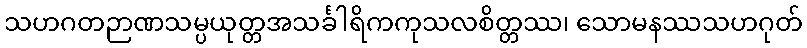
သဟဂတဉာဏသမ္ပယုတ္တအသင်္ခါရိကကုသလစိတ္တဿ၊ သောမနဿသဟဂုတ်